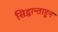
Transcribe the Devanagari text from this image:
सिद्धान्ताहून